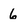
Character: 6